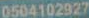
0504102927